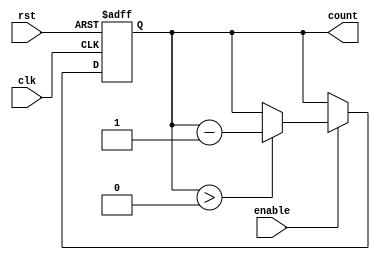
module decremental_counter #(
    parameter MAX_VALUE = 255  // Define the maximum value for the counter
)(
    input wire clk,            // Clock signal
    input wire rst,            // Asynchronous reset signal
    input wire enable,         // Control signal to enable decrement
    output reg [7:0] count     // 8-bit output for the current count value
);

    // Initialize the counter to the maximum value on reset
    always @(posedge clk or posedge rst) begin
        if (rst) begin
            count <= MAX_VALUE; // Reset to maximum value
        end else if (enable) begin
            if (count > 0) begin
                count <= count - 1; // Decrement the counter
            end
            // If count is already 0, it remains 0
        end
    end

endmodule